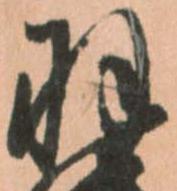
羽